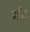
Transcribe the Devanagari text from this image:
भाँटू